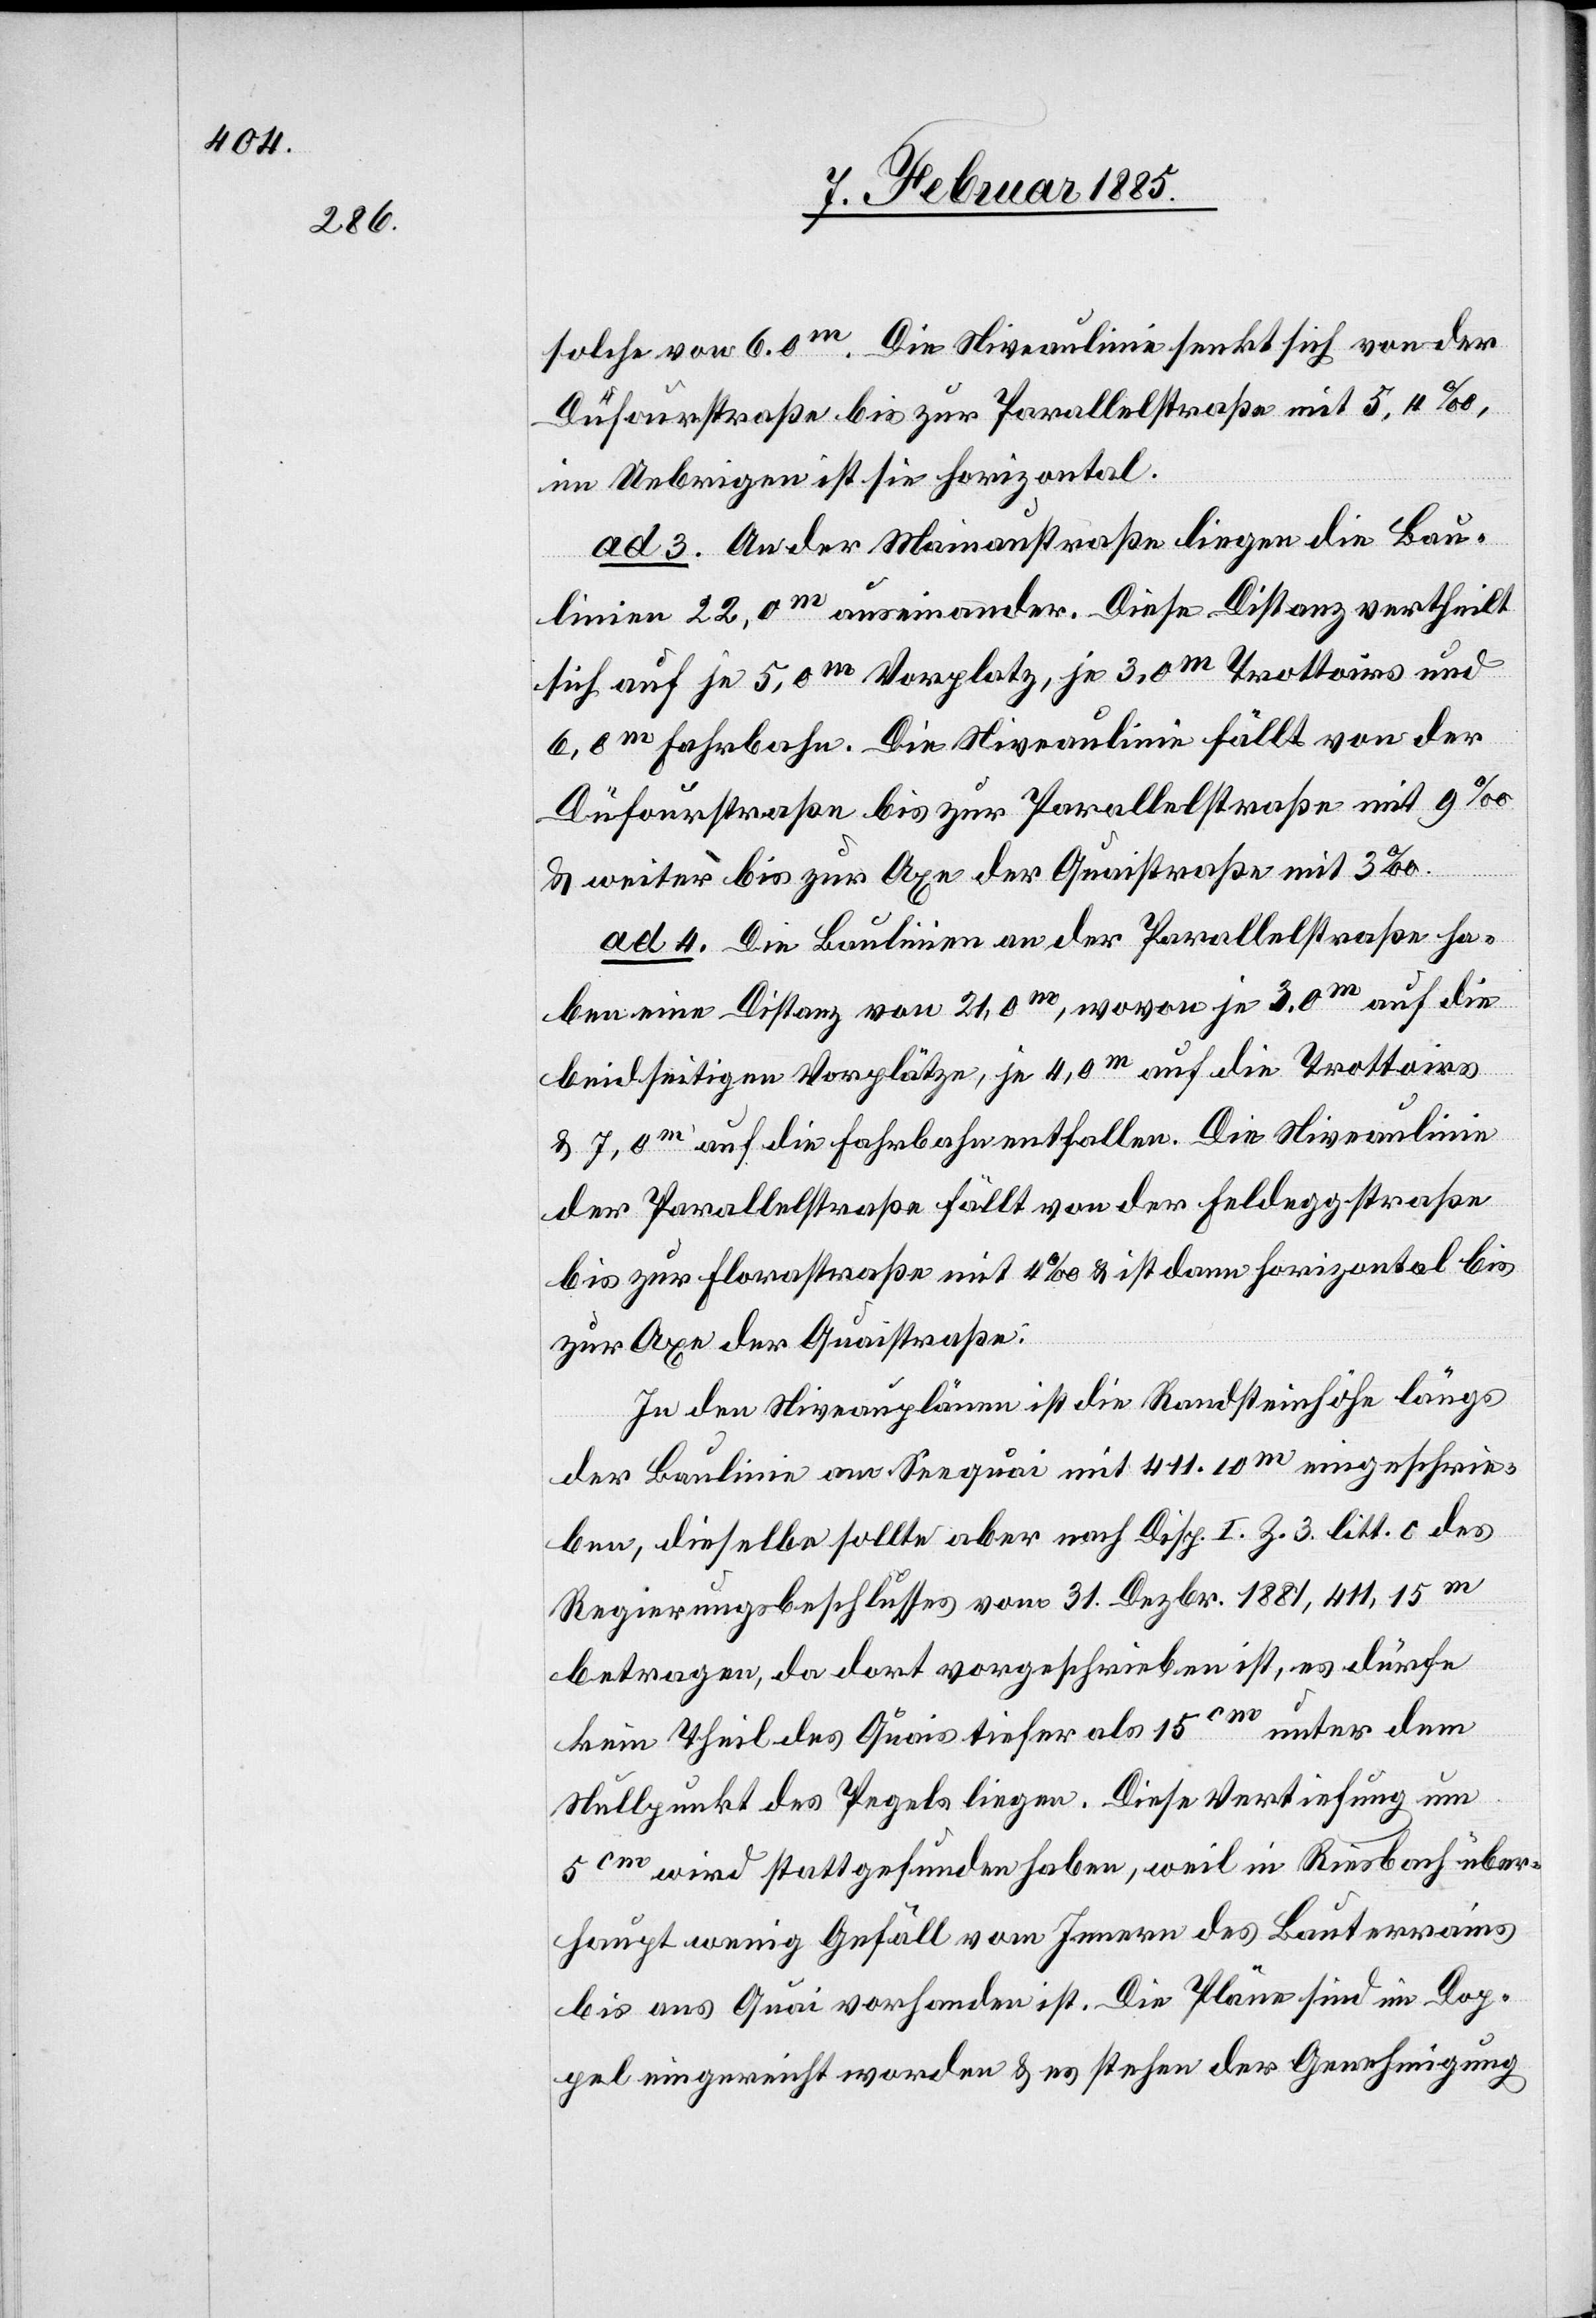
solche von 6.0 m. Die Niveaulinie senkt sich von der
Dufourstraße bis zur Parallelstraße mit 5,4‰,
im Uebrigen ist sie horizontal.
ad 3. An der Mainaustraße liegen die Bau¬
der
linien 22,0 m auseinander. Diese Distanz vertheilt
sich auf je 5,0 m Vorplatz, je 3,0 m Trottoirs und
6,0 m Fahrbahn. Die Niveaulinie fällt von der
Dufourstraße bis zur Parallelstraße mit 9‰
& weiter bis zur Axe der Quaistraße mit 3‰.
ad 4. Die Baulinien an der Parallelstraße ha¬
ben eine Distanz von 21,0 m, wovon je 3,0 m auf die
beidseitigen Vorplätze, je 4,0 m auf die Trottoirs
& 7,0 m auf die Fahrbahn entfallen. Die Niveaulinie
der Parallelstraße fällt von der Feldeggstraße
bis zur Florastraße mit 4‰ & ist dann horizontal bis
zur Axe der Quaistraße.
In den Niveauplänen ist die Randsteinhöhe längs
der Baulinie am Seequai mit 411.10 m eingeschrie¬
ben, dieselbe sollte aber nach Disp. I. Z. 3. litt. c des
Regierungsbeschlusses vom 31. Dezbr. 1881, 411,15 m
betragen, da dort vorgeschrieben ist, es dürfe
kein Theil des Quais tiefer als 15 cm unter dem
Nullpunkt des Pegels liegen. Diese Vertiefung um
5 cm wird stattgefunden haben, weil in Riesbach über¬
haupt wenig Gefäll vom Innern des Bauterrains
bis ans Quai vorhanden ist. Die Pläne sind im Dop¬